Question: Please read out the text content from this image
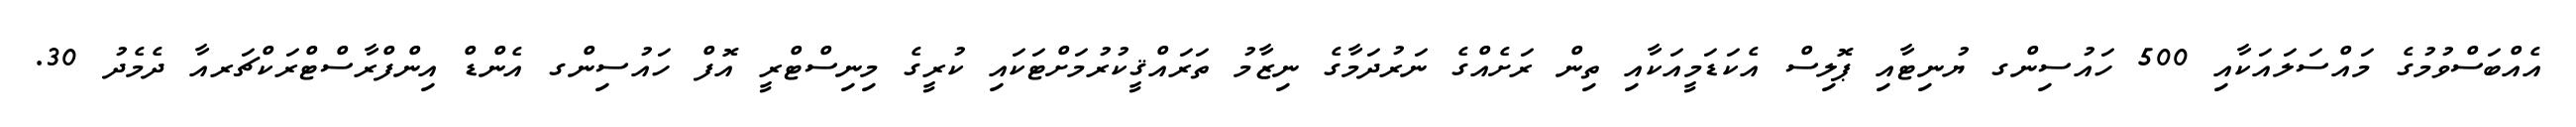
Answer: އެއްބަސްވުމުގެ މައްސަލައަކާއި 500 ހައުސިންގ ޔުނިޓާއި ޕޮލިސް އެކަޑަމީއަކާއި ތިން ރަށެއްގެ ނަރުދަމާގެ ނިޒާމު ތަރައްޤީކުރުމަށްޓަކައި ކުރީގެ މިނިސްޓްރީ އޮފް ހައުސިންގ އެންޑް އިންފްރާސްޓްރަކްޗަރއާ ދެމެދު 30.